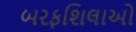
બરફશિલાઓ